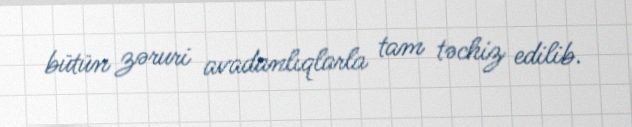
bütün zəruri avadanlıqlarla tam təchiz edilib.